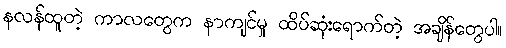
နလန်ထူတဲ့ ကာလတွေက နာကျင်မှု ထိပ်ဆုံးရောက်တဲ့ အချိန်တွေပါ။